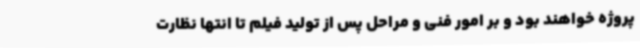
پروژه خواهند بود و بر امور فنی و مراحل پس از تولید فیلم تا انتها نظارت